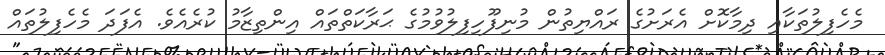
މެހެފިލުތަކާއި ދިމާކޮށް އެރަށުގެ ރައްޔިތުން މުނިފޫހިފިލުވުމުގެ ޙަރާކަތްތައް އިންތިޒާމު ކުރެއެވެ. އެފަދަ މެހެފިލުތައް